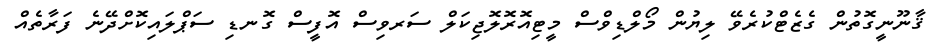
ޤާނޫނީގޮތުން ގެޒެޓްކުރެވޭ ލިޔުން މޯލްޑިވްސް މީޓިއޮރޮލޮޖިކަލް ސަރވިސް އޮފީސް ގޮނޑި ސަޕްލައިކޮށްދޭނެ ފަރާތެެއް